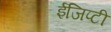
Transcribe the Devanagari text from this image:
ईजिप्टी